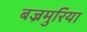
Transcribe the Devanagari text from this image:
बज्रमुरिया